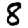
Digit: 8